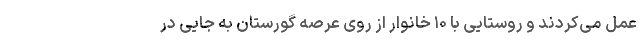
عمل می‌کردند و روستایی با ۱۰ خانوار از روی عرصه گورستان به جایی در